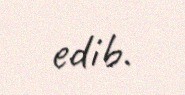
edib.